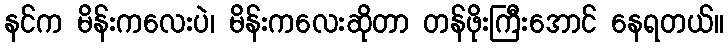
နင်က မိန်းကလေးပဲ၊ မိန်းကလေးဆိုတာ တန်ဖိုးကြီးအောင် နေရတယ်။